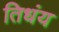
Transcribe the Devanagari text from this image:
तिधंय